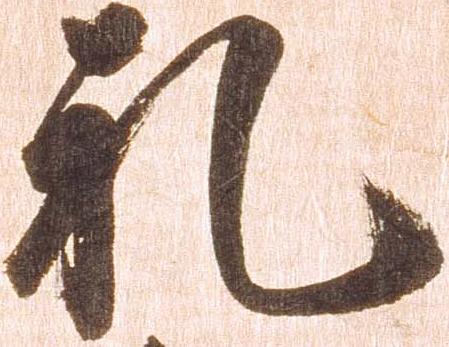
礼